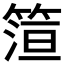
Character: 𬕠